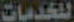
للخدمات